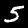
Label: 5